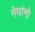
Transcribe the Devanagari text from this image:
मेघांनो